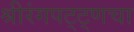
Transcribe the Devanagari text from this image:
श्रीरंगपट्ट्णचा